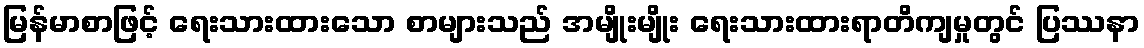
မြန်မာစာဖြင့် ရေးသားထားသော စာများသည် အမျိုးမျိုး ရေးသားထားရာတိကျမှုတွင် ပြဿနာ